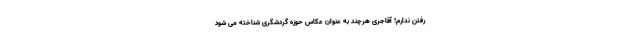
رفتن ندارم! آقاجری هرچند به عنوان عکاس حوزه گردشگری شناخته می شود